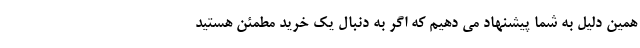
همین دلیل به شما پیشنهاد می دهیم که اگر به دنبال یک خرید مطمئن هستید